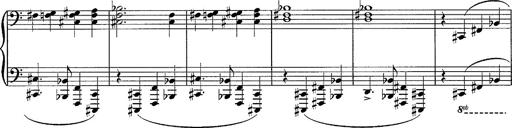
Title: R.W. - Venezia
Composer: Franz Liszt